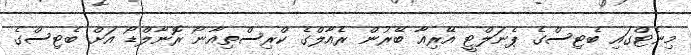
މިނެޓްގައި ބެޓިސްގެ ޕެނަލްޓީ އޭރިއާ ބޭރުން ރެއާލްގެ ކްރިސްތިއާނޯ ރޮނާލްޑޯ އަށް ބެޓިސްގެ